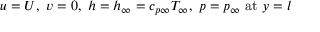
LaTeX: u = U , \ v = 0 , \ h = h _ { \infty } = c _ { p \infty } T _ { \infty } , \ p = p _ { \infty } \ { \mathrm { a t } } \ y = l